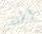
أطلقه